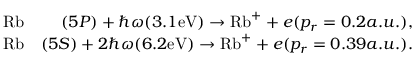
\begin{array} { r l r } & { \mathrm { R b } } & { ( 5 P ) + \hbar \omega ( 3 . 1 \mathrm { { e V } } ) \rightarrow \mathrm { { R b } } ^ { + } + e ( p _ { r } = 0 . 2 a . u . ) , } \\ & { \mathrm { R b } } & { ( 5 S ) + 2 \hbar \omega ( 6 . 2 \mathrm { { e V } } ) \rightarrow { \mathrm { R b } } ^ { + } + e ( p _ { r } = 0 . 3 9 a . u . ) . } \end{array}